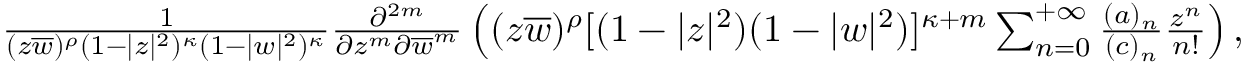
\begin{array} { r } { \frac { 1 } { ( z \overline { { w } } ) ^ { \rho } ( 1 - | z | ^ { 2 } ) ^ { \kappa } ( 1 - | w | ^ { 2 } ) ^ { \kappa } } \frac { \partial ^ { 2 m } } { \partial z ^ { m } \partial \overline { { w } } ^ { m } } \left( ( z \overline { { w } } ) ^ { \rho } [ ( 1 - | z | ^ { 2 } ) ( 1 - | w | ^ { 2 } ) ] ^ { \kappa + m } \sum _ { n = 0 } ^ { + \infty } \frac { ( a ) _ { n } } { ( c ) _ { n } } \frac { z ^ { n } } { n ! } \right) , } \end{array}